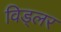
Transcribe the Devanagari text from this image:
विड्लर